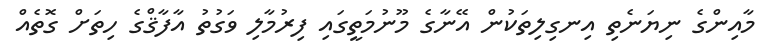
މާއިންގެ ނިޔަނެތި އިނގިލިތަކުން އޭނާގެ މޫނުމަތީގައި ފިރުމާލި ވަގުތު އާފާޤްގެ ހިތަށް ގޮތެއް